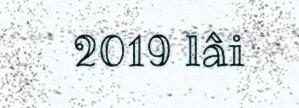
2019 lâi